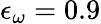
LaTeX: \epsilon_{\omega}=0.9